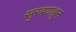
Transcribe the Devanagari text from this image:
सुरबयाहून